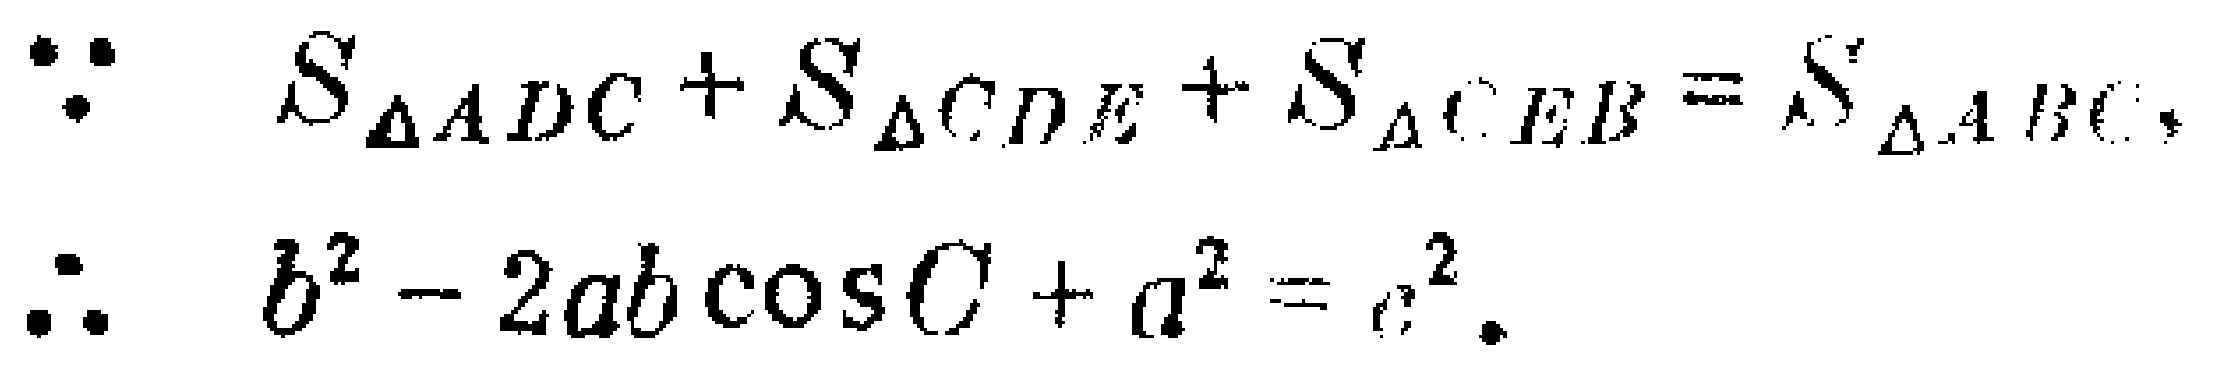
\[
\begin{align*}
\because\quad S_{\triangle ADC}+S_{\triangle CDE}+S_{\triangle CEB}&=S_{\triangle ABC},\\
\therefore\quad b^{2}-2ab\cos C + a^{2}&=c^{2}.
\end{align*}
\]